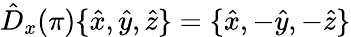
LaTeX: \hat{D}_{x}(\pi)\{ \hat{x},\hat{y},\hat{z}\} =\{ \hat{x},-\hat{y},-\hat{z}\}